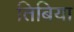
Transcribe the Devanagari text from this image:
तिबिया